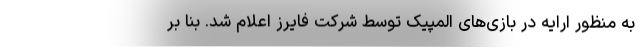
به منظور ارایه در بازی‌های المپیک توسط شرکت فایرز اعلام شد. بنا بر